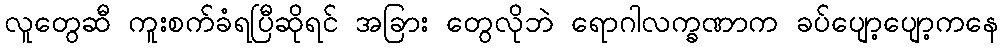
လူတွေဆီ ကူးစက်ခံရပြီဆိုရင် အခြား တွေလိုဘဲ ရောဂါလက္ခဏာက ခပ်ပျော့ပျော့ကနေ